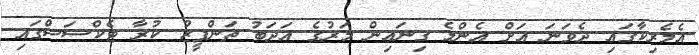
އެމެރިކާގައި ދެވަނަ އަށް އެންމެ ގިނައިން މަރުގެ އަދަބު ތަންފީޒު ކުރާ ޓެކްސަސްގައި